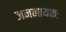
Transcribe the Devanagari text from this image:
जननायकः